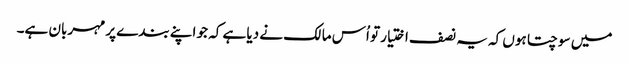
میں سوچتا ہوں کہ یہ نصف اختیار تو اُس مالک نے دیا ہے کہ جو اپنے بندے پر مہربان ہے۔